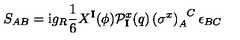
S _ { A B } = \mathrm { i } g _ { R } \frac { 1 } { 6 } X ^ { \mathbf { I } } ( \phi ) \mathcal { P } _ { \mathbf { I } } ^ { x } ( q ) \left( \sigma ^ { x } \right) _ { A } ^ { \phantom { A } C } \epsilon _ { B C }